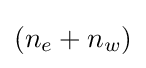
(n_{e}+n_{w})